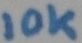
Text: 10K